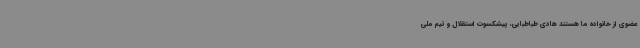
عضوی از خانواده ما هستند هادی طباطبایی، پیشکسوت استقلال و تیم ملی